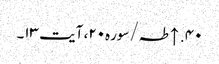
۴۰. ↑ طہ/سوره۲۰، آیت ۱۳۔